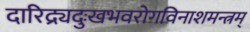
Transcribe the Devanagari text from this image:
दारिद्र्यदुःखभवरोगविनाशमन्त्रम्